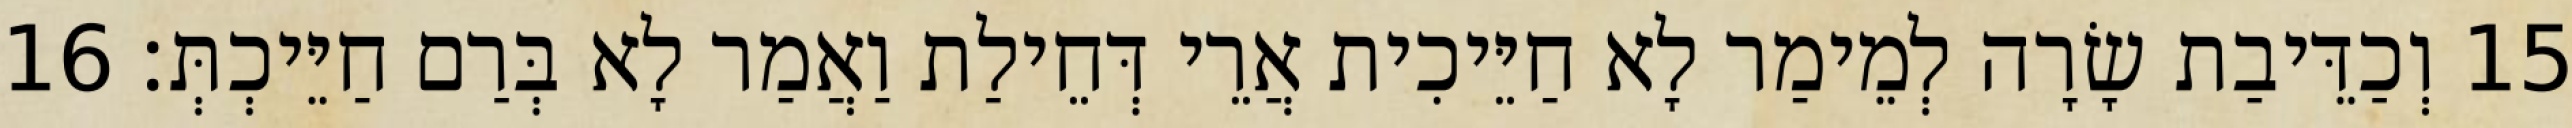
15 וְכַדֵּיבַת שָׂרָה לְמֵימַר לָא חַיֵּיכִית אֲרֵי דְּחֵילַת וַאֲמַר לָא בְּרַם חַיֵּיכְתְּ׃ 16